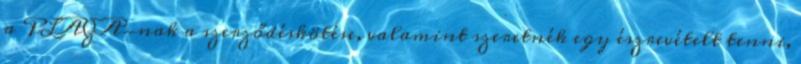
a PLAZA-nak a szerződéskötése, valamint szeretnék egy észrevételt tenni,